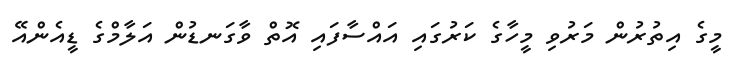
މީގެ އިތުރުން މަރުވި މީހާގެ ކަރުގައި އައްސާފައި އޮތް ވާގަނޑުން އަލާމްގެ ޑީއެންއޭ